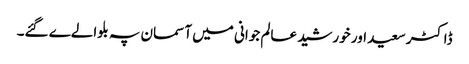
ڈاکٹر سعید اور خورشید عالم جوانی میں آسمان پہ بلوالےے گئے۔